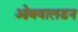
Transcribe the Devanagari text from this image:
ओबवालडन